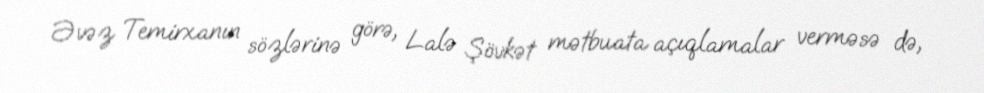
Əvəz Temirxanın sözlərinə görə, Lalə Şövkət mətbuata açıqlamalar verməsə də,